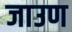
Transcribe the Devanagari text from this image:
जाउण